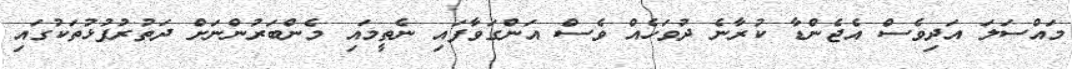
މައްސަލަ އަދިވެސް އެޖެންޑާ ކުރާނެ ދުވަހެއް ވެސް އަންގަވާފައި ނެތީމައި މެންބަރުންނަށް ދަތުރުފުޅުތަކުގައި